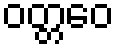
ဝတ္တဝေ